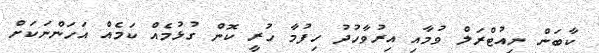
ކާބަން ނިއުޓްރަލް ވުމާއި އިރުވާހުދު ހިފުމާ ހުރީ ކޮން ގުޅުމެއް ކަމެއް އަހަންނަކަށް